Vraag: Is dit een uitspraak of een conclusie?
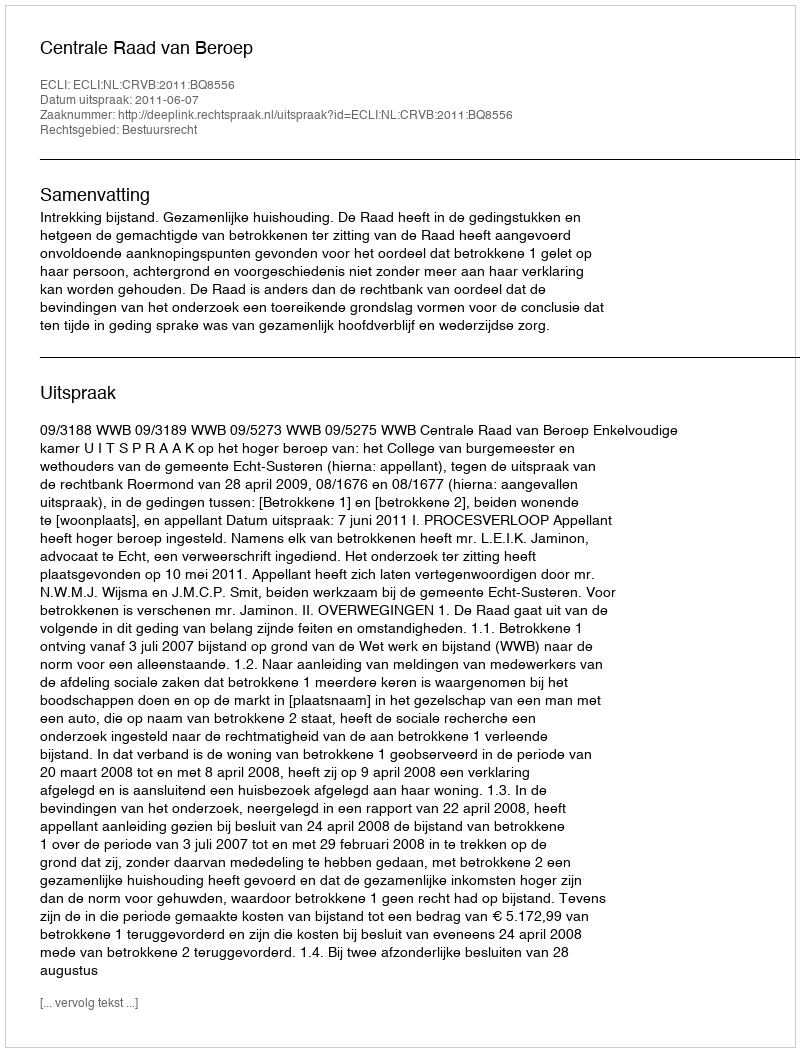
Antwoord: Uitspraak